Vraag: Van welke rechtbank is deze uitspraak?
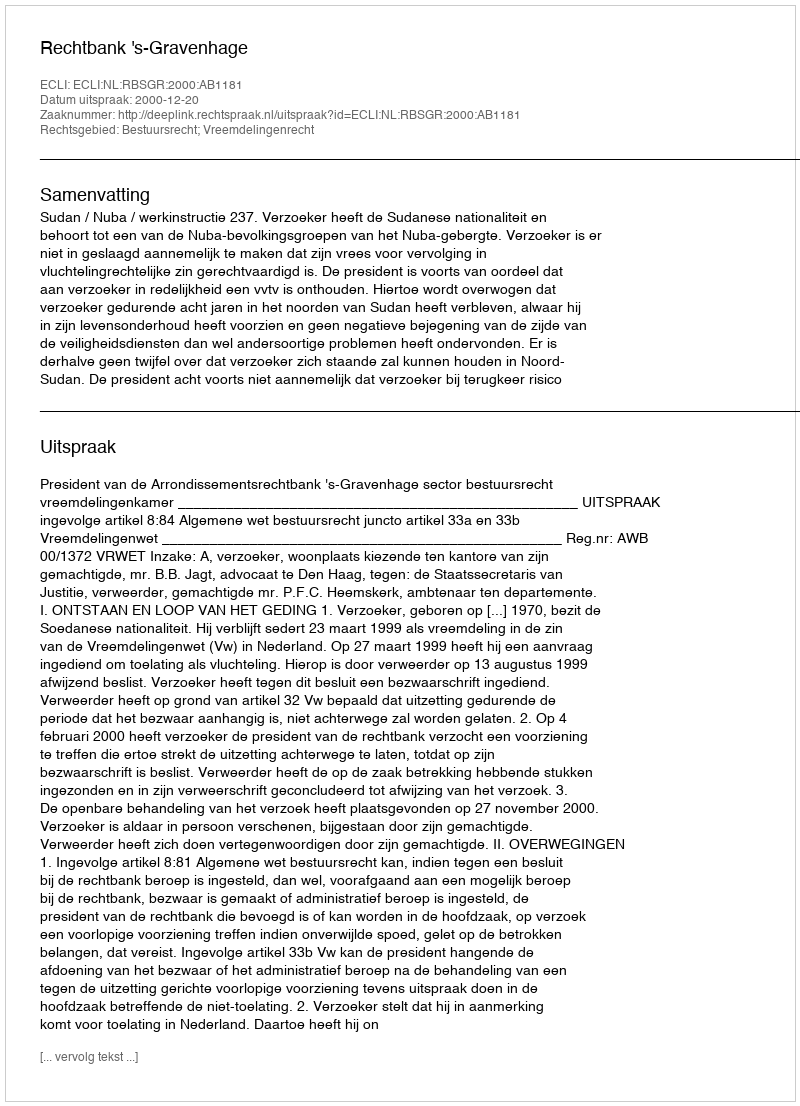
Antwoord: Rechtbank 's-Gravenhage